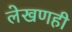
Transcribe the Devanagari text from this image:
लेखणही